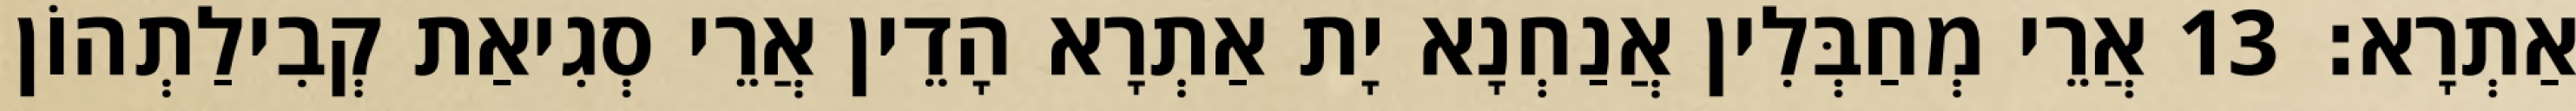
אַתְרָא׃ 13 אֲרֵי מְחַבְּלִין אֲנַחְנָא יָת אַתְרָא הָדֵין אֲרֵי סְגִיאַת קְבִילַתְהוֹן